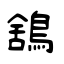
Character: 鵨